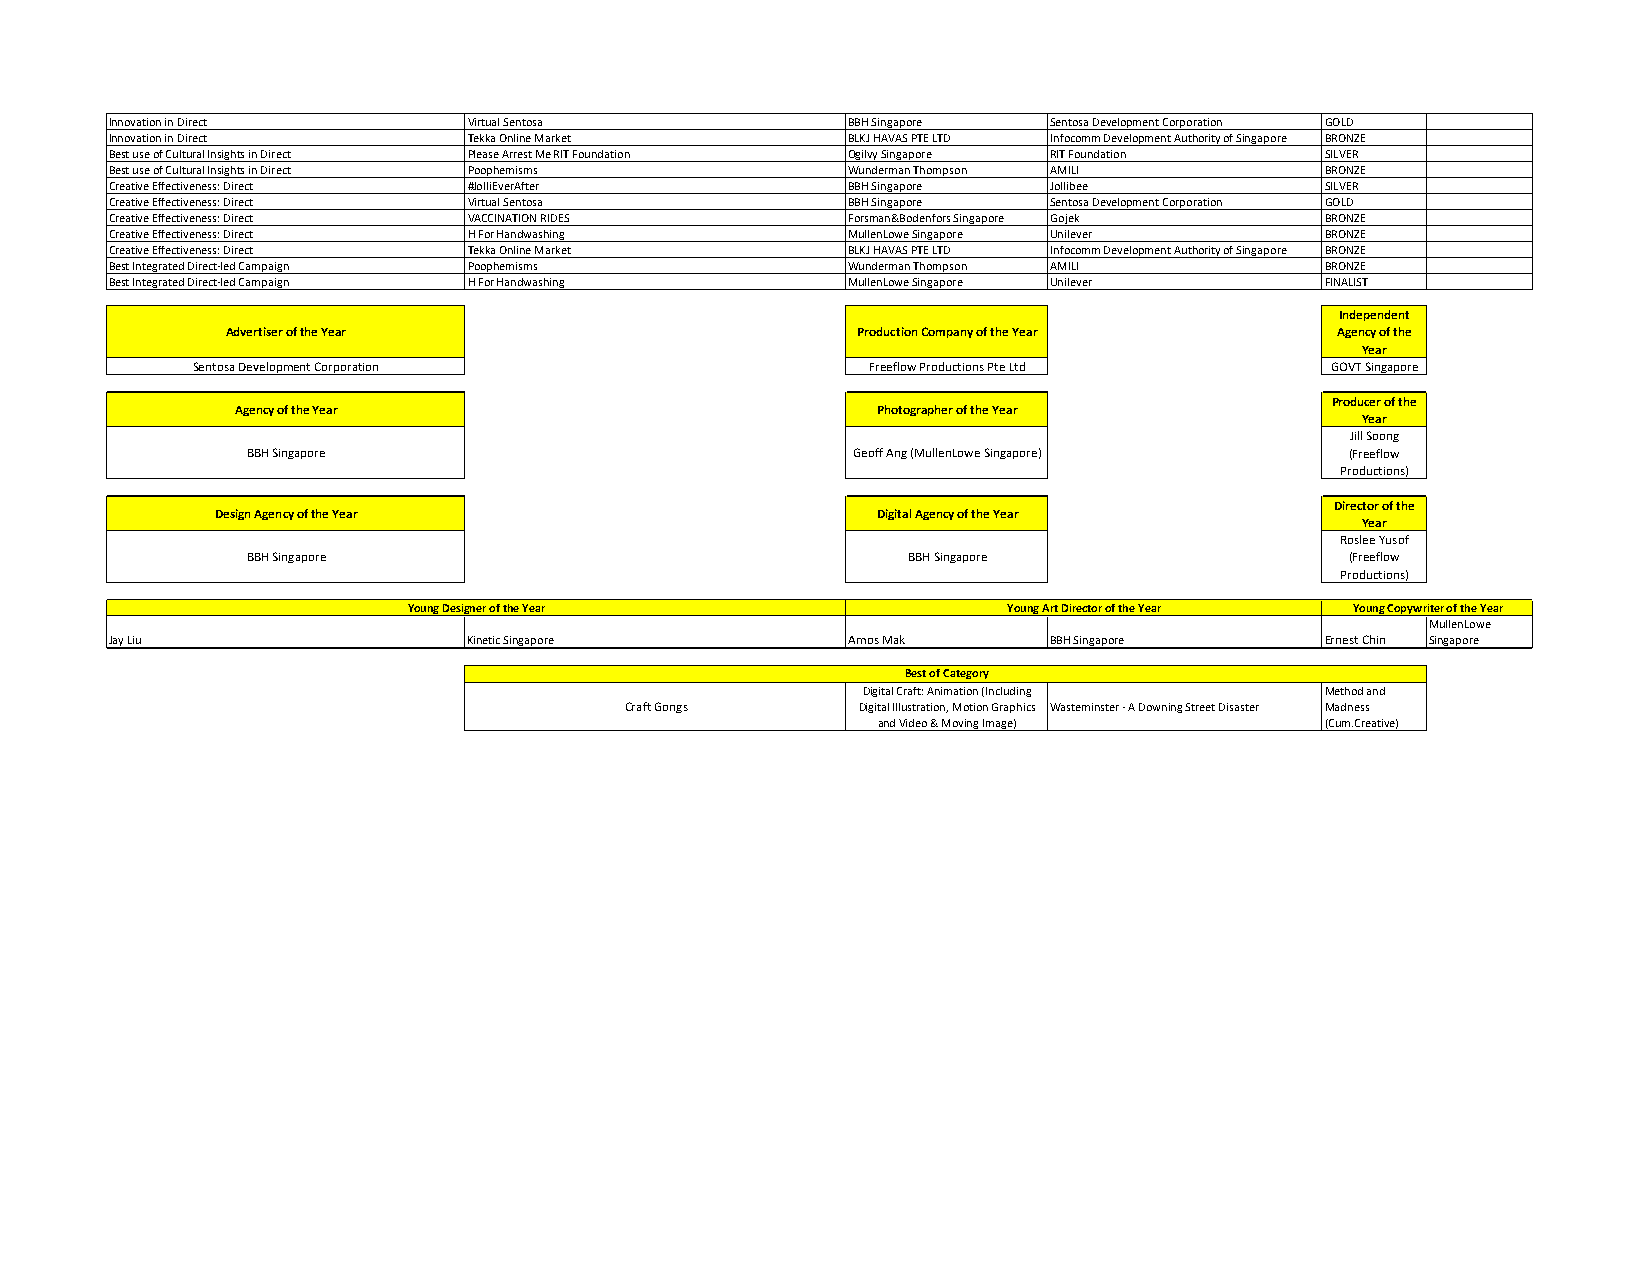
Innovation in Direct    Virtual Sentosa          BBH Singapore Sentosa Development Corporation GOLD
 Innovation in Direct    Tekka Online Market      BLKJ HAVAS PTE LTD Infocomm Development Authority of Singapore BRONZE
 Best use of Cultural Insights in Direct Please Arrest Me RIT Foundation Ogilvy Singapore RIT Foundation SILVER
 Best use of Cultural Insights in Direct Poophemisms Wunderman Thompson AMILI     BRONZE
 Creative Effectiveness: Direct #JolliEverAfter   BBH Singapore Jollibee          SILVER
 Creative Effectiveness: Direct Virtual Sentosa   BBH Singapore Sentosa Development Corporation GOLD
 Creative Effectiveness: Direct VACCINATION RIDES Forsman&Bodenfors Singapore Gojek BRONZE
 Creative Effectiveness: Direct H For Handwashing MullenLowe Singapore Unilever   BRONZE
 Creative Effectiveness: Direct Tekka Online Market BLKJ HAVAS PTE LTD Infocomm Development Authority of Singapore BRONZE
 Best Integrated Direct-led Campaign Poophemisms  Wunderman Thompson AMILI        BRONZE
 Best Integrated Direct-led Campaign H For Handwashing MullenLowe Singapore Unilever FINALIST
 Independent
 Advertiser of the Year                    Production Company of the Year Agency of the
 Year
 Sentosa Development Corporation              Freeflow Productions Pte Ltd  GOVT Singapore
 Producer of the
 Agency of the Year                        Photographer of the Year
 Year
 Jill Soong
 BBH Singapore                           Geoff Ang (MullenLowe Singapore) (Freeflow
 Productions)
 Director of the
 Design Agency of the Year                   Digital Agency of the Year
 Year
 Roslee Yusof
 BBH Singapore                               BBH Singapore                (Freeflow
 Productions)
 Young Designer of the Year              Young Art Director of the Year Young Copywriter of the Year
 MullenLowe
 Jay Liu                 Kinetic Singapore        Amos Mak      BBH Singapore     Ernest Chin Singapore
 Best of Category
 Digital Craft: Animation (Including Method and
 Craft Gongs     Digital Illustration, Motion Graphics Wasteminster - A Downing Street Disaster Madness
 and Video & Moving Image)     (Cum.Creative)